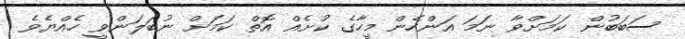
ސަބަބުން ކަމަށްވާ ނަމަ އަންހެން މީހާގެ ކުށެއް އޮތް ކަމަށް ނުބަލަންވީ ހެއްޔެވެ